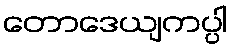
တောဒေယျကပ္ပါ